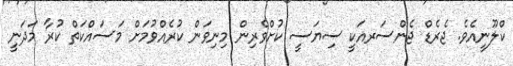
ކްލޫނީއެވެ. ޖެރެޑް ޖެންސަރއަކީ ސިޔަސީ ކުށްވެރިން މިނިވަން ކުރެއްވުމަށް މަސައްކަތް ކުރާ މަދަނީ